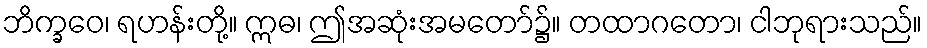
ဘိက္ခဝေ၊ ရဟန်းတို့။ ဣဓ၊ ဤအဆုံးအမတော်၌။ တထာဂတော၊ ငါဘုရားသည်။